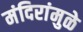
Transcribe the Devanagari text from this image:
मंदिरांमुळे